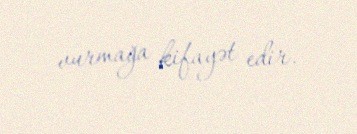
vurmağa kifayət edir.